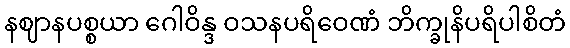
နဈာနပစ္စယာ ဂေါဝိန္ဒ ဝသနပရိဝေဏံ ဘိက္ခုနိပရိပါစိတံ